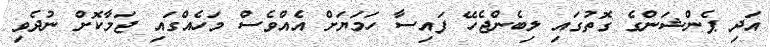
އަދި ޕެންޝަންގެ ގޮތުގައި ލިބެންޖެހޭ ފައިސާ ހަމަޔަށް އެއްވެސް މަހެއްގައި ޖަމާކޮށް ނުދެވި